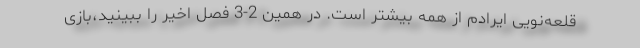
قلعه‌نویی ایرادم از همه بیشتر است. در همین 2-3 فصل اخیر را ببینید،بازی